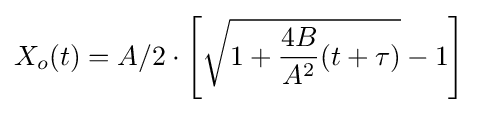
X_{o}(t)=A/2\cdot \left[{\sqrt {1+{\frac {4B}{A^{2}}}(t+\tau )}}-1\right]